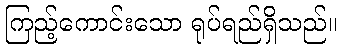
ကြည့်ကောင်းသော ရုပ်ရည်ရှိသည်။